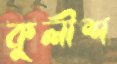
কুলীশ